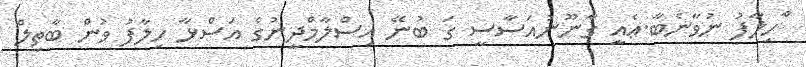
ެާހިލާފު ނުވާނެބާ.ޢެއީ ގާނޫނުއަސާސީ ގަ ބުނޭ އިސްލާމްދީނުގެ އަސްޅާ ހިލާފު ވުން ބާތިލް